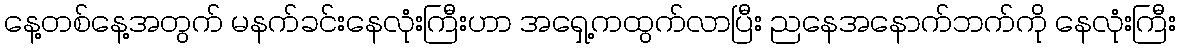
နေ့တစ်နေ့အတွက် မနက်ခင်းနေလုံးကြီးဟာ အရှေ့ကထွက်လာပြီး ညနေအနောက်ဘက်ကို နေလုံးကြီး